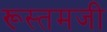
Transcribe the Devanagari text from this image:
रूस्‍तमजी